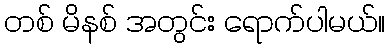
တစ် မိနစ် အတွင်း ရောက်ပါမယ်။